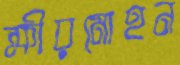
ক্ষীরমোহন